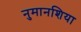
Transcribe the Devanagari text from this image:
नुमानशिया